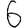
Digit: 6